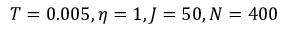
T = 0 . 0 0 5 , \eta = 1 , J = 5 0 , N = 4 0 0